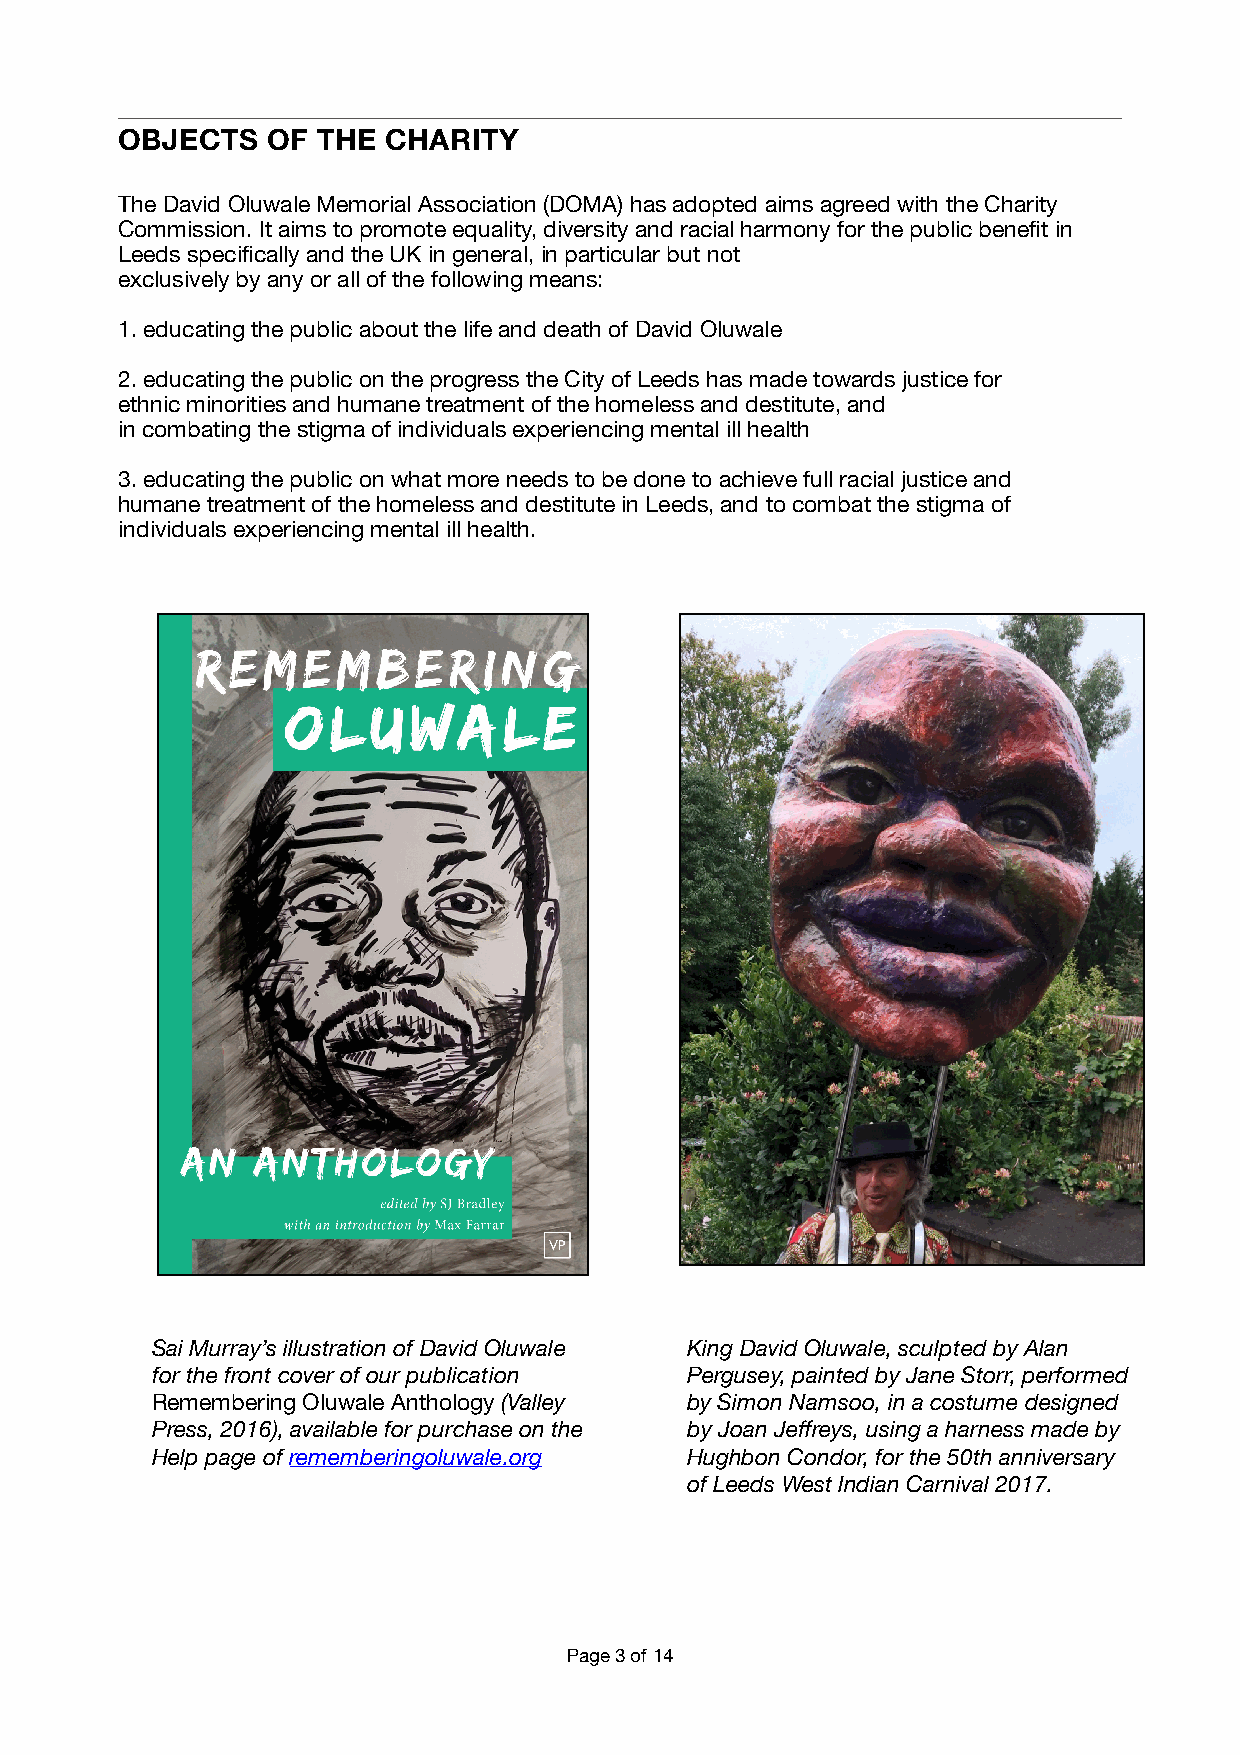
OBJECTS   OF THE  CHARITY
 The David Oluwale Memorial Association (DOMA) has adopted aims agreed with the Charity
 Commission. It aims to promote equality, diversity and racial harmony for the public benefit in
 Leeds specifically and the UK in general, in particular but not
 exclusively by any or all of the following means:
 1. educating the public about the life and death of David Oluwale
 2. educating the public on the progress the City of Leeds has made towards justice for
 ethnic minorities and humane treatment of the homeless and destitute, and
 in combating the stigma of individuals experiencing mental ill health
 3. educating the public on what more needs to be done to achieve full racial justice and
 humane treatment of the homeless and destitute in Leeds, and to combat the stigma of
 individuals experiencing mental ill health.
 Sai Murray’s illustration of David Oluwale King David Oluwale, sculpted by Alan
 for the front cover of our publication Pergusey, painted by Jane Storr, performed
 Remembering Oluwale Anthology (Valley by Simon Namsoo, in a costume designed
 Press, 2016), available for purchase on the by Joan Jeffreys, using a harness made by
 Help page of rememberingoluwale.org Hughbon Condor, for the 50th anniversary
 of Leeds West Indian Carnival 2017.
 Page 3 of 14